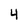
Character: 4